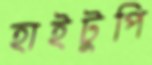
হাইটুপি